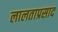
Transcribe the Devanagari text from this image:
लालताप्रसाद